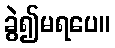
ခွဲ၍မရပေ။